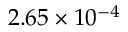
2 . 6 5 \times 1 0 ^ { - 4 }